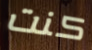
كنت